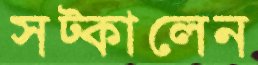
সট্‌কালেন